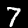
Label: 7